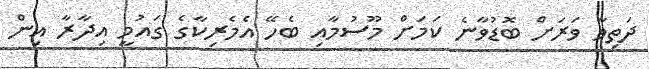
ދަތިވާ ވަރަށް ބޮޑުވާނެ ކަމަށް މޫސުމާއި ބެހޭ އެމެރިކާގެ ގައުމީ އިދާރާ އިން